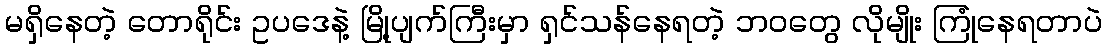
မရှိနေတဲ့ တောရိုင်း ဥပဒေနဲ့ မြို့ပျက်ကြီးမှာ ရှင်သန်နေရတဲ့ ဘဝတွေ လိုမျိုး ကြုံနေရတာပဲ